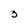
Character: 3